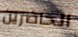
الحاضرين